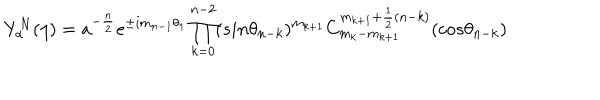
Y _ { \alpha } ^ { N } ( \eta ) = a ^ { - \frac { n } { 2 } } e ^ { \pm i m _ { n - 1 } \theta _ { 1 } } \prod _ { k = 0 } ^ { n - 2 } ( s i n { \theta _ { n - k } } ) ^ { m _ { k + 1 } } C _ { m _ { k } - m _ { k + 1 } } ^ { m _ { k + 1 } + \frac { 1 } { 2 } ( n - k ) } ( c o s { \theta _ { n - k } } )